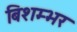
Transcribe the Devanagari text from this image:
बिशम्भर